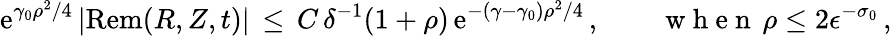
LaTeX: \mathrm{e}^{\gamma_{0}\rho^{2}/4}\, |\mathrm{{R\mathrm{e}m}}(R,Z,t)|\, \le\, C\, \delta^{-1}(1+\rho)\, \mathrm{e}^{-(\gamma-\gamma_{0})\rho^{2}/4}\, ,\qquad\mathrm{{~w~h~\mathrm{e}~n~}}\, \rho\le2\epsilon^{-\sigma_{0}}\, ,